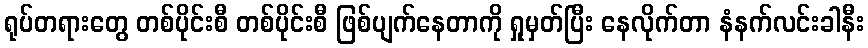
ရုပ်တရားတွေ တစ်ပိုင်းစီ တစ်ပိုင်းစီ ဖြစ်ပျက်နေတာကို ရှုမှတ်ပြီး နေလိုက်တာ နံနက်လင်းခါနီး